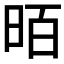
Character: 𱡿